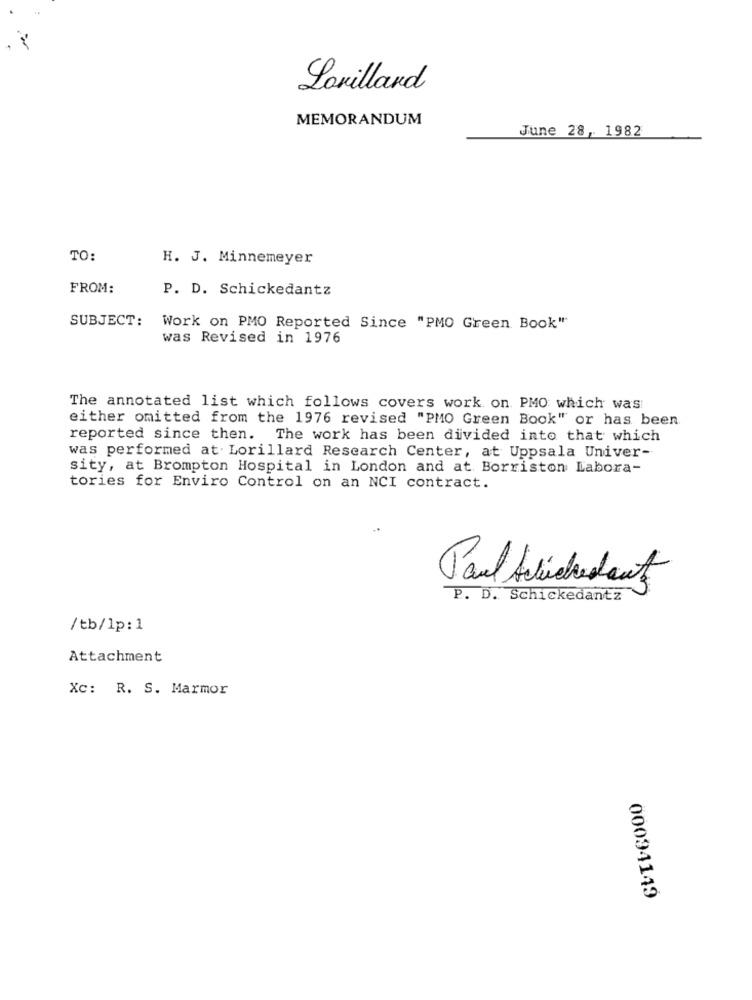
Lonillard
MEMORANDUM
June 28, 1982
TO:
H. J. Minnemeyer
FROM:
P. D. Schickedantz
SUBJECT:
Work on PMO Reported Since "PMO Green Book"
was Revised in 1976
The annotated list which follows covers work on. PMO which was
either omitted from the 1976 revised "PMO Green Book" or has been
reported since then. The work has been divided into that which
was performed at Lorillard Research Center, at Uppsala Univer-
sity, at Brompton Hospital in London and at Borriston Labora-
tories for Enviro Control on an NCI contract.
P. D. Schickedantz
/tb/lp:1
Attachment
Xc: R. S. Marmor
00094149